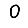
Digit: 0